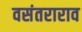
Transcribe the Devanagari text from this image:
वसंतराराव